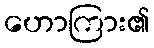
ဟောကြား၏